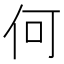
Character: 何